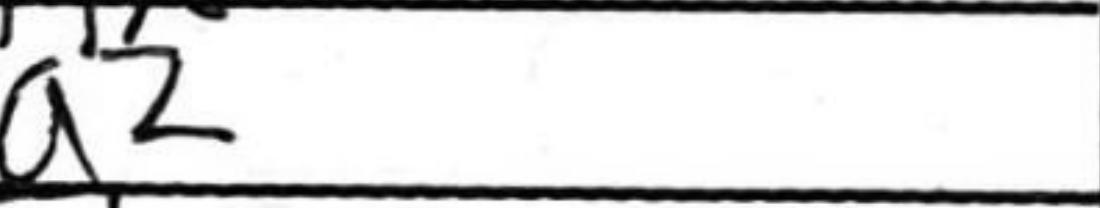
Transcription: a2